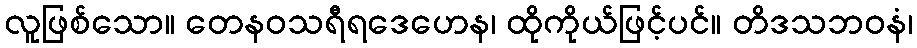
လူဖြစ်သော။ တေနဝသရီရဒေဟေန၊ ထိုကိုယ်ဖြင့်ပင်။ တိဒသဘဝနံ၊